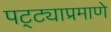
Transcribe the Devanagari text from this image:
पट्ट्याप्रमाणे